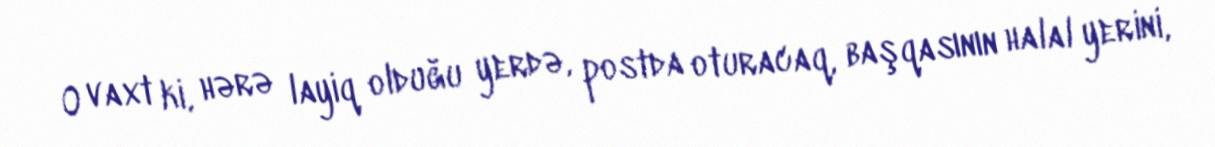
O vaxt ki, hərə layiq olduğu yerdə, postda oturacaq, başqasının halal yerini,